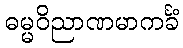
ဓမ္မဝိညာဏမာကင်္ခံ